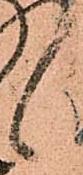
候